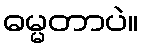
ဓမ္မတာပဲ။